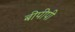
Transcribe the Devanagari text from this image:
बीपीपी